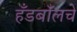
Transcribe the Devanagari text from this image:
हँडबॉलचे